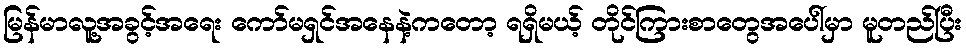
မြန်မာလူ့အခွင့်အရေး ကော်မရှင်အနေနဲ့ကတော့ ရရှိမယ့် တိုင်ကြားစာတွေအပေါ်မှာ မူတည်ပြီး